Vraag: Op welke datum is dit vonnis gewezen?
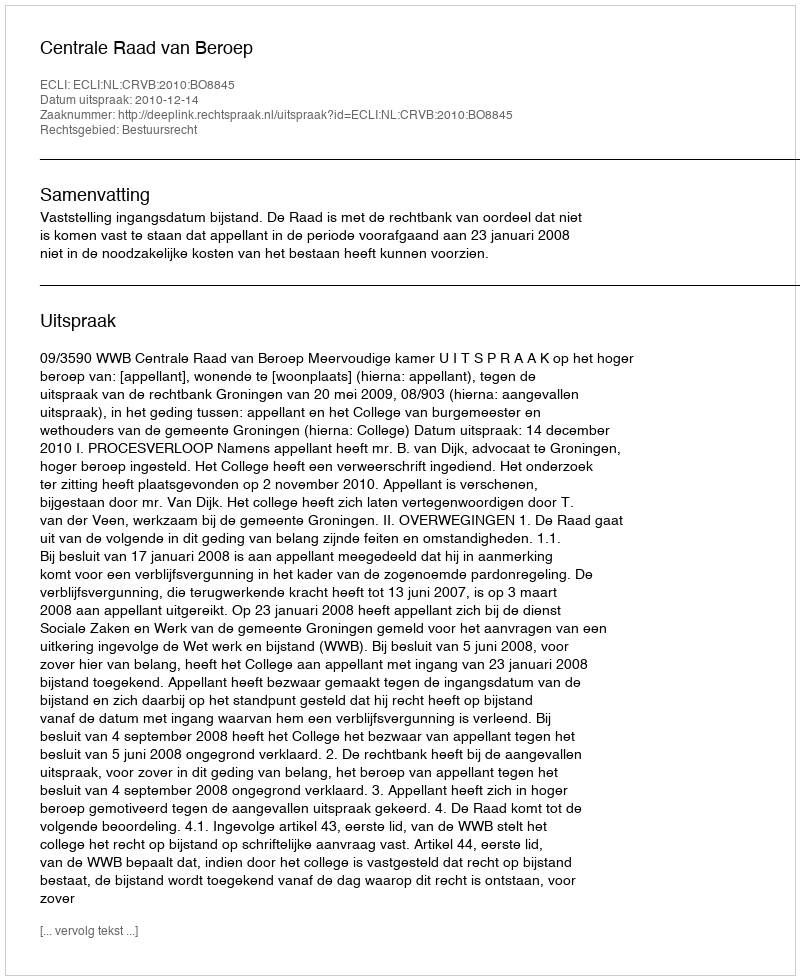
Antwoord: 2010-12-14